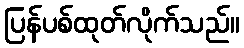
ပြန်ပစ်ထုတ်လိုက်သည်။